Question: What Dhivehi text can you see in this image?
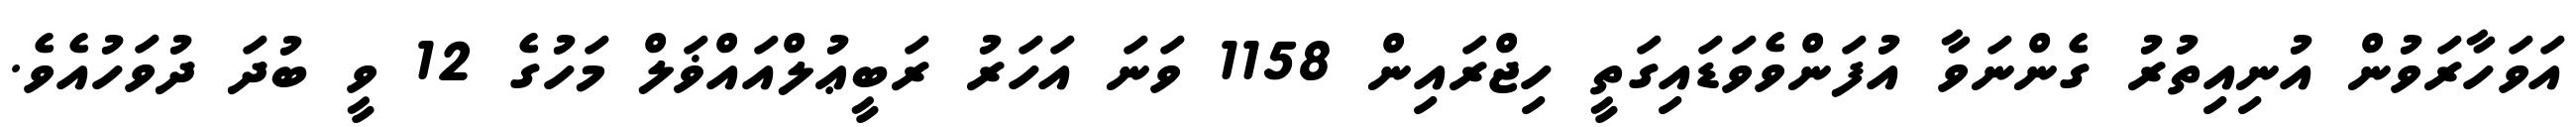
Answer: އަވަހާރަވުން އުނިއިތުރު ގެންނަވާ އުފަންވެވަޑައިގަތީ ހިޖްރައިން 1158 ވަނަ އަހަރު ރަބީޢުލްއައްޥަލް މަހުގެ 12 ވީ ބުދަ ދުވަހުއެވެ.